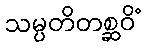
သမ္ပတိတစ္ဆဝိံ